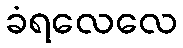
ခံရလေလေ